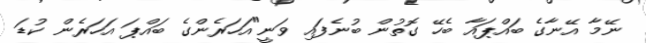
ނޭމާ އޭނާގެ ބައްޕައާ ބެހޭ ގޮތުން ބުނެފައި ވަނީ"އަހަރެންގެ ބައްޕަ އަހަރެން ކުޑަ